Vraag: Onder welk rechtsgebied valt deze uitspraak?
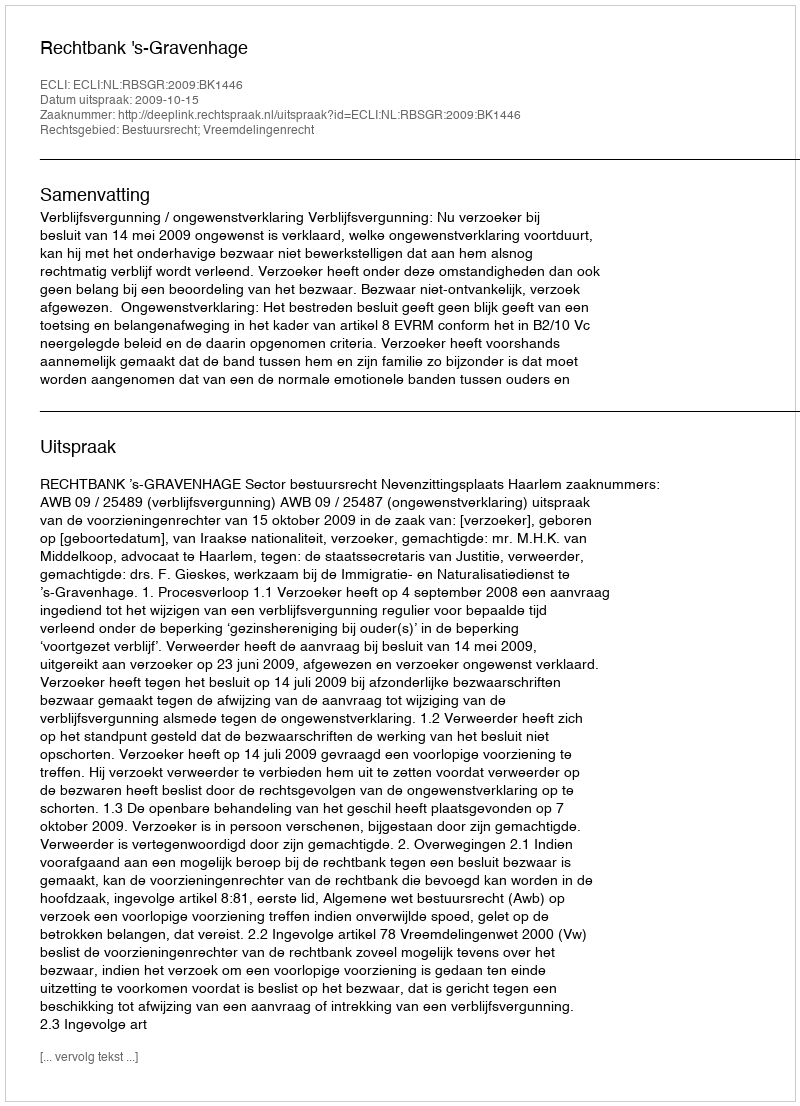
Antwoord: Bestuursrecht; Vreemdelingenrecht